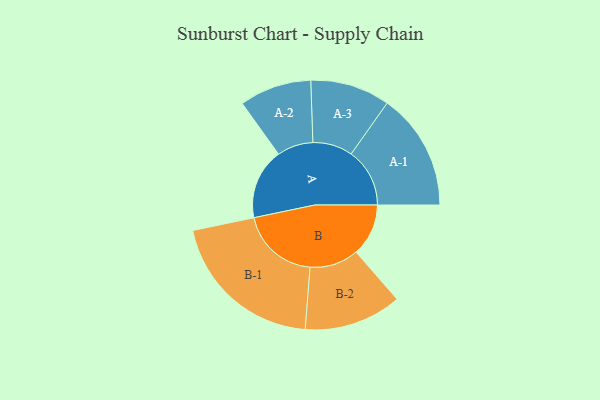
{"axis": {"x": "Segment", "y": "Value"}, "legend": ["", "A", "B"], "data": [{"x": "A", "y": 261, "type": ""}, {"x": "B", "y": 193, "type": ""}, {"x": "A-1", "y": 216, "type": "A"}, {"x": "A-2", "y": 133, "type": "A"}, {"x": "A-3", "y": 147, "type": "A"}, {"x": "B-1", "y": 291, "type": "B"}, {"x": "B-2", "y": 180, "type": "B"}]}